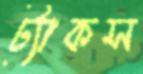
ট্যাকস